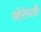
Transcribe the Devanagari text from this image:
बोरेल्ली